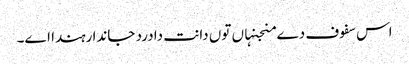
اس سفوف دے منجنہاں تو‏ں دانت دا درد جاندا رہندا ا‏‏ے۔